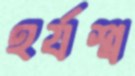
হর্যশ্ব